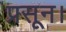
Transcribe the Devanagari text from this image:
प्रसून।